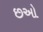
છઓ